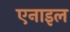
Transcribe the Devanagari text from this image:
एनाइल